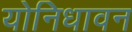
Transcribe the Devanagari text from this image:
योनिधावन